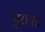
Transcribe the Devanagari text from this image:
पुरान॥